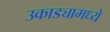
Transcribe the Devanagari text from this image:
उकाड्यामध्ये